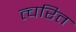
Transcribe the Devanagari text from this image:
त्चरित